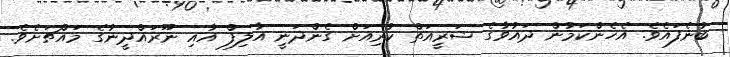
ބުނެފައެވެ. އެހެންކަމުން ދައުވާގެ ޝަރީއަތް ކުރިއަށް ގެންދަނީ އާލިފް އާއި ނޫރައްދީނުގެ މައްޗަށެވެ.